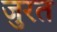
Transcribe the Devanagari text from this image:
जुरत